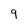
Character: 9